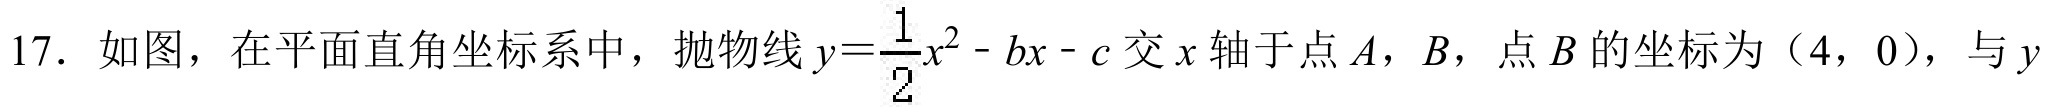
17. 如图，在平面直角坐标系中，抛物线\(y = \dfrac{1}{2}x^{2}-bx - c\)交\(x\)轴于点\(A\)，\(B\)，点\(B\)的坐标为\((4,0)\)，与\(y\)